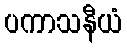
ပကာသနီယံ